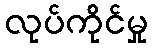
လုပ်ကိုင်မှု